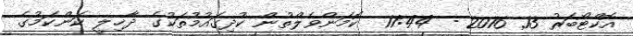
އޮކްޓޯބަރު 13